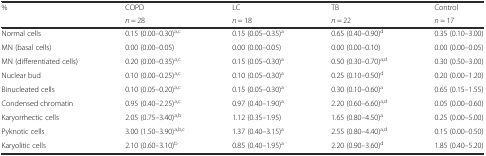
<table><thead><tr><td rowspan="2"><b>%</b></td><td><b>COPD</b></td><td><b>LC</b></td><td><b>TB</b></td><td><b>Control</b></td></tr><tr><td><b><i>n</i> = 28</b></td><td><b><i>n</i> = 18</b></td><td><b><i>n</i> = 22</b></td><td><b><i>n</i> = 17</b></td></tr></thead><tbody><tr><td>Normal cells</td><td>0.15 (0.00–0.30)<sup>a,c</sup></td><td>0.15 (0.05–0.35)<sup>a</sup></td><td>0.65 (0.40–0.90)<sup>d</sup></td><td>0.35 (0.10–3.00)</td></tr><tr><td>MN (basal cells)</td><td>0.00 (0.00–0.05)</td><td>0.00 (0.00–0.05)</td><td>0.00 (0.00–0.10)</td><td>0.00 (0.00–0.05)</td></tr><tr><td>MN (differentiated cells)</td><td>0.20 (0.00–0.35)<sup>a,c</sup></td><td>0.15 (0.05–0.30)<sup>a</sup></td><td>0.50 (0.30–0.70)<sup>a,d</sup></td><td>0.30 (0.50–3.00)</td></tr><tr><td>Nuclear bud</td><td>0.10 (0.00–0.25)<sup>a,c</sup></td><td>0.10 (0.05–0.30)<sup>a</sup></td><td>0.25 (0.10–0.50)<sup>d</sup></td><td>0.20 (0.00–1.20)</td></tr><tr><td>Binucleated cells</td><td>0.10 (0.05–0.20)<sup>a,c</sup></td><td>0.15 (0.05–0.30)<sup>a</sup></td><td>0.30 (0.10–0.60)<sup>a</sup></td><td>0.65 (0.15–1.55)</td></tr><tr><td>Condensed chromatin</td><td>0.95 (0.40–2.25)<sup>a,c</sup></td><td>0.97 (0.40–1.90)<sup>a</sup></td><td>2.20 (0.60–6.60)<sup>a,d</sup></td><td>0.05 (0.00–0.60)</td></tr><tr><td>Karyorrhectic cells</td><td>2.05 (0.75–3.40)<sup>a,b</sup></td><td>1.12 (0.35–1.95)</td><td>1.65 (0.80–4.50)<sup>a</sup></td><td>0.25 (0.00–5.00)</td></tr><tr><td>Pyknotic cells</td><td>3.00 (1.50–3.90)<sup>a,b,c</sup></td><td>1.37 (0.40–3.15)<sup>a</sup></td><td>2.55 (0.80–4.40)<sup>a,d</sup></td><td>0.15 (0.00–0.50)</td></tr><tr><td>Karyolitic cells</td><td>2.10 (0.60–3.10)<sup>b</sup></td><td>0.85 (0.40–1.95)<sup>a</sup></td><td>2.20 (0.90–3.60)<sup>d</sup></td><td>1.85 (0.40–5.20)</td></tr></tbody></table>